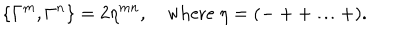
\{ \Gamma ^ { m } , \Gamma ^ { n } \} = 2 \eta ^ { m n } , \quad \mathrm { w h e r e } ~ \eta = ( - + + \ldots + ) .